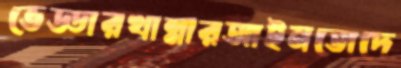
ভেড্ডারখান্নারআইনতোদে